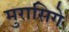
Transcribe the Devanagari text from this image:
मुरासिगे